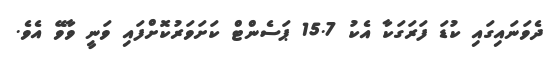
ދެވަނައިގައި ކުޑަ ފަރަގަކާ އެކު 15.7 ޕަސެންޓް ކަށަވަރުކޮށްފައި ވަނީ ވާވޭ އެވެ.